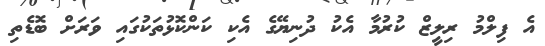
އެ ފިލްމު ރިލީޒް ކުރުމާ އެކު ދުނިޔޭގެ އެކި ކަންކޮޅުތަކުގައި ވަރަށް ބޮޑެތި